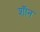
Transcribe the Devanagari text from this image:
शाॅन